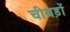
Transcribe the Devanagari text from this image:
चीथड़ों